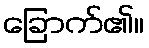
ခြောက်၏။